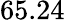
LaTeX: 65.24